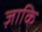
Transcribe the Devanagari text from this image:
ज़ाकि